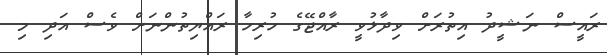
ރައީސް ނަޝީދު އިތުރަށް ވިދާޅުވީ ރާއްޖޭގެ ހުރިހާ ރައްޔިތުންނަށް ވެސް އަދި މި